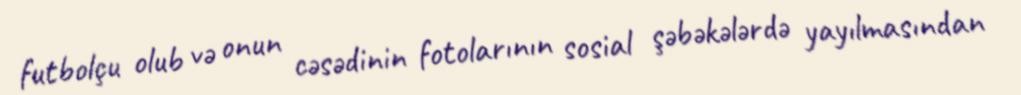
futbolçu olub və onun cəsədinin fotolarının sosial şəbəkələrdə yayılmasından